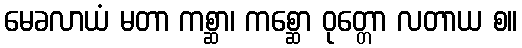
မေခလာယံ မတာ ကစ္ဆာ၊ ကစ္ဆော ဝုတ္တော လတာယ စ။